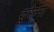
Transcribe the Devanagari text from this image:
कूरेस्मा